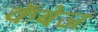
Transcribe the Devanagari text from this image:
कॅबेज